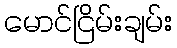
မောင်ငြိမ်းချမ်း